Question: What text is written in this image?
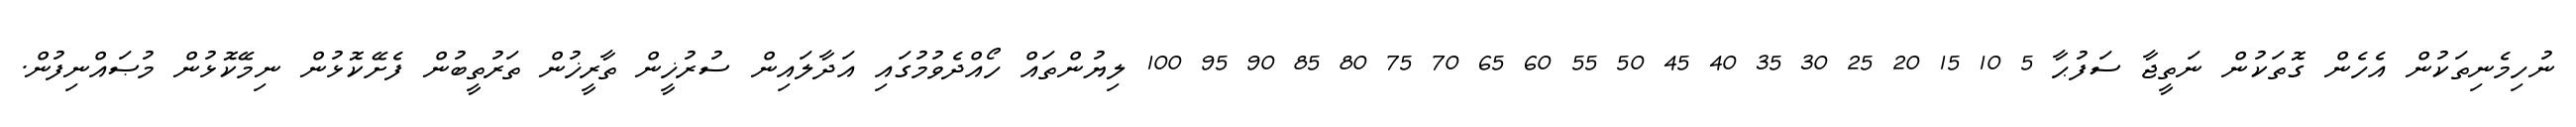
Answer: ނުހިމެނިތަކުން އެހެން ގޮތަކުން ނަތީޖާ ސަފުޙާ 5 10 15 20 25 30 35 40 45 50 55 60 65 70 75 80 85 90 95 100 ލިޔުންތައް ހޯއްދެވުމުގައި އަދާލައިން ސުރުޚީން ތާރީޚުން ތަރުތީބުން ފެށޭކޮޅުން ނިމޭކޮޅުން މުޞައްނިފުން.